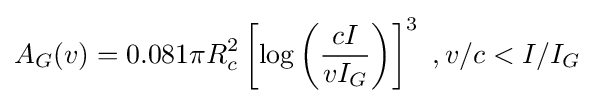
A_{G}(v)=0.081\pi R_{c}^{2}\left[\log \left({\frac {cI}{vI_{G}}}\right)\right]^{3}\,\,,v/c<I/I_{G}